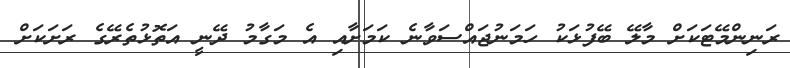
ރަނިންމޭޓަކަށް މާލޭ ބޭފުޅަކު ހަމަނުޖައްސަވާނެ ކަމަށާއި އެ މަގާމު ދޭނީ އަތޮޅުތެރޭގެ ރަށަކަށް